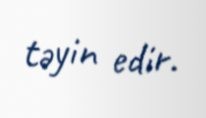
təyin edir.